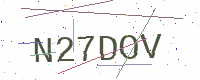
Text: N27DOV